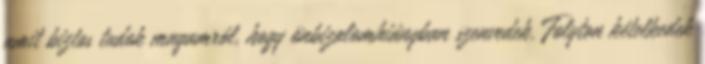
amit biztos tudok magamról, hogy önbizalomhiányban szenvedek. Folyton kételkedek